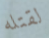
لقتله